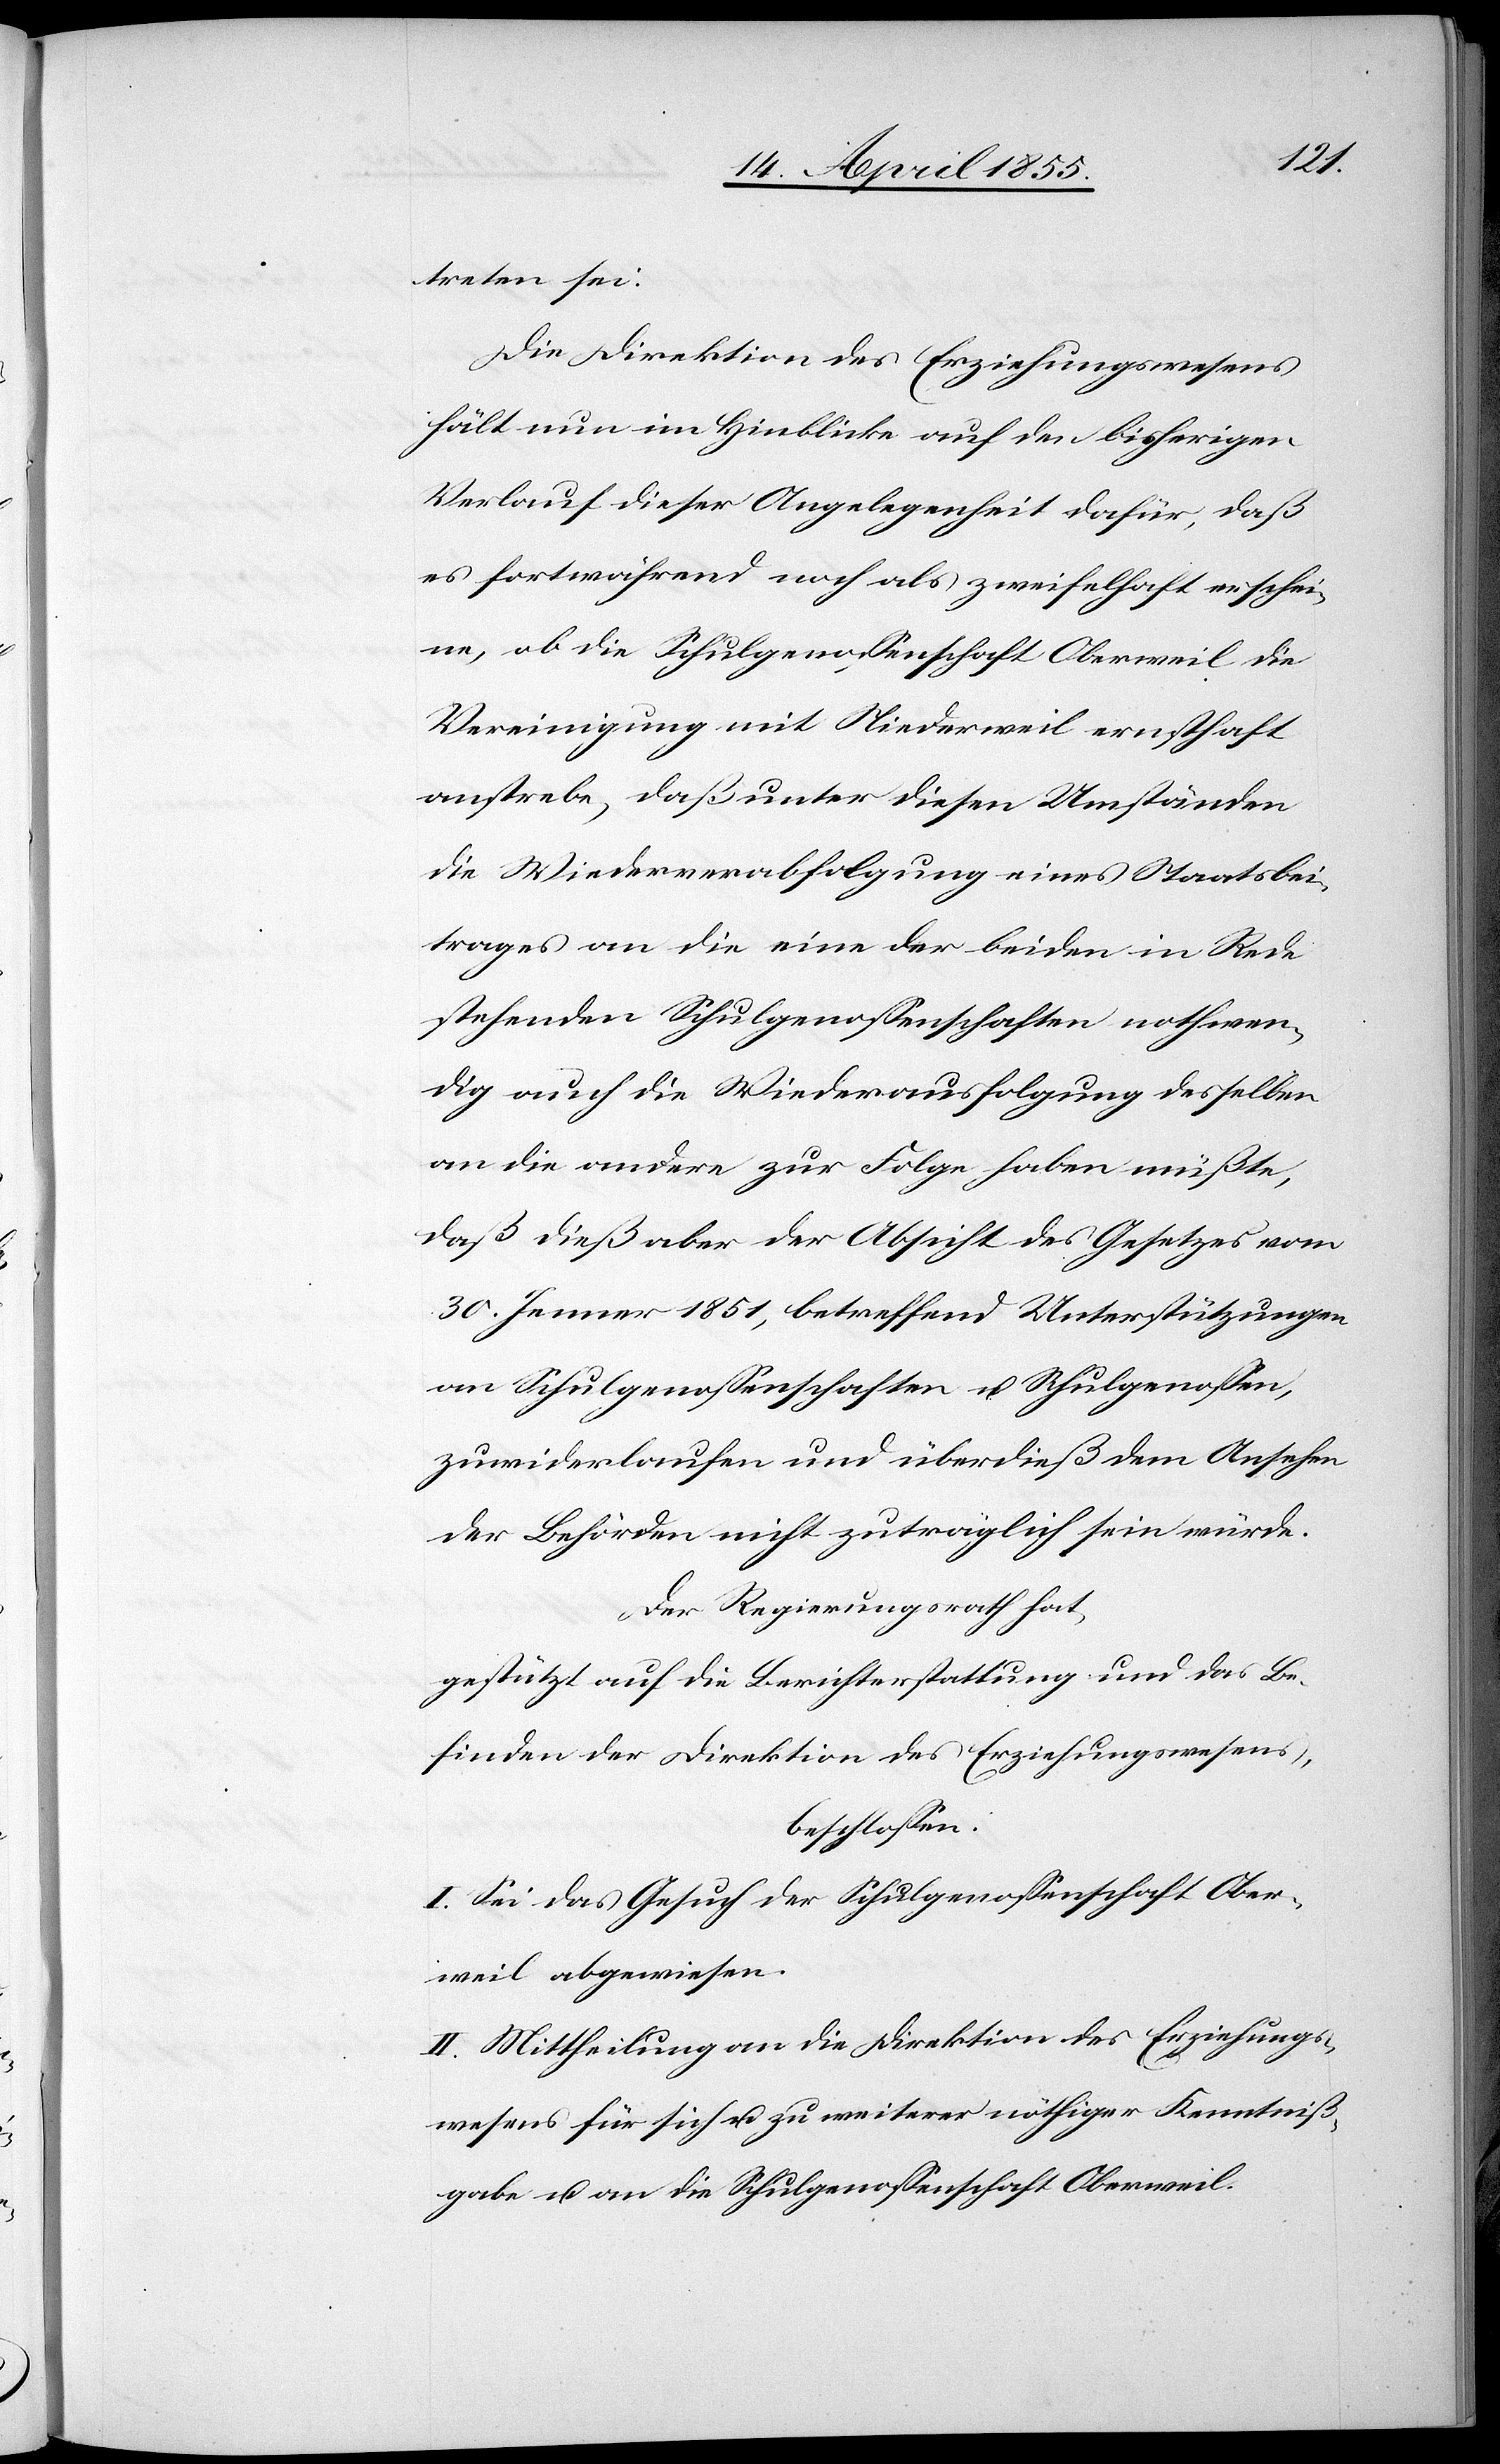
treten sei.
Die Direktion des Erziehungswesens
hält nun im Hinblicke auf den bisherigen
Verlauf dieser Angelegenheit dafür, daß
es fortwährend noch als zweifelhaft erschei¬
ne, ob die Schulgenossenschaft Oberweil die
Vereinigung mit Niederweil ernsthaft
anstrebe, daß unter diesen Umständen
die Wiederverabfolgung eines Staatsbei¬
trages an die eine der beiden in Rede
stehenden Schulgenossenschaften nothwen¬
dig auch die Wiederausfolgung desselben
an die andere zur Folge haben müßte,
daß dieß aber der Absicht des Gesetzes vom
30. Jenner 1851, betreffend Unterstützungen
an Schulgenossenschaften u. Schulgenossen,
zuwiderlaufen und überdieß dem Ansehen
der Behörden nicht zuträglich sein würde.
Der Regierungsrath hat,
gestützt auf die Berichterstattung und das Be¬
finden der Direktion des Erziehungswesens,
beschlossen:
I. Sei das Gesuch der Schulgenossenschaft Ober¬
weil abgewiesen.
II. Mittheilung an die Direktion des Erziehungs¬
wesens für sich u. zu weiterer nöthiger Kenntniß¬
gabe u. an die Schulgenossenschaft Oberweil.